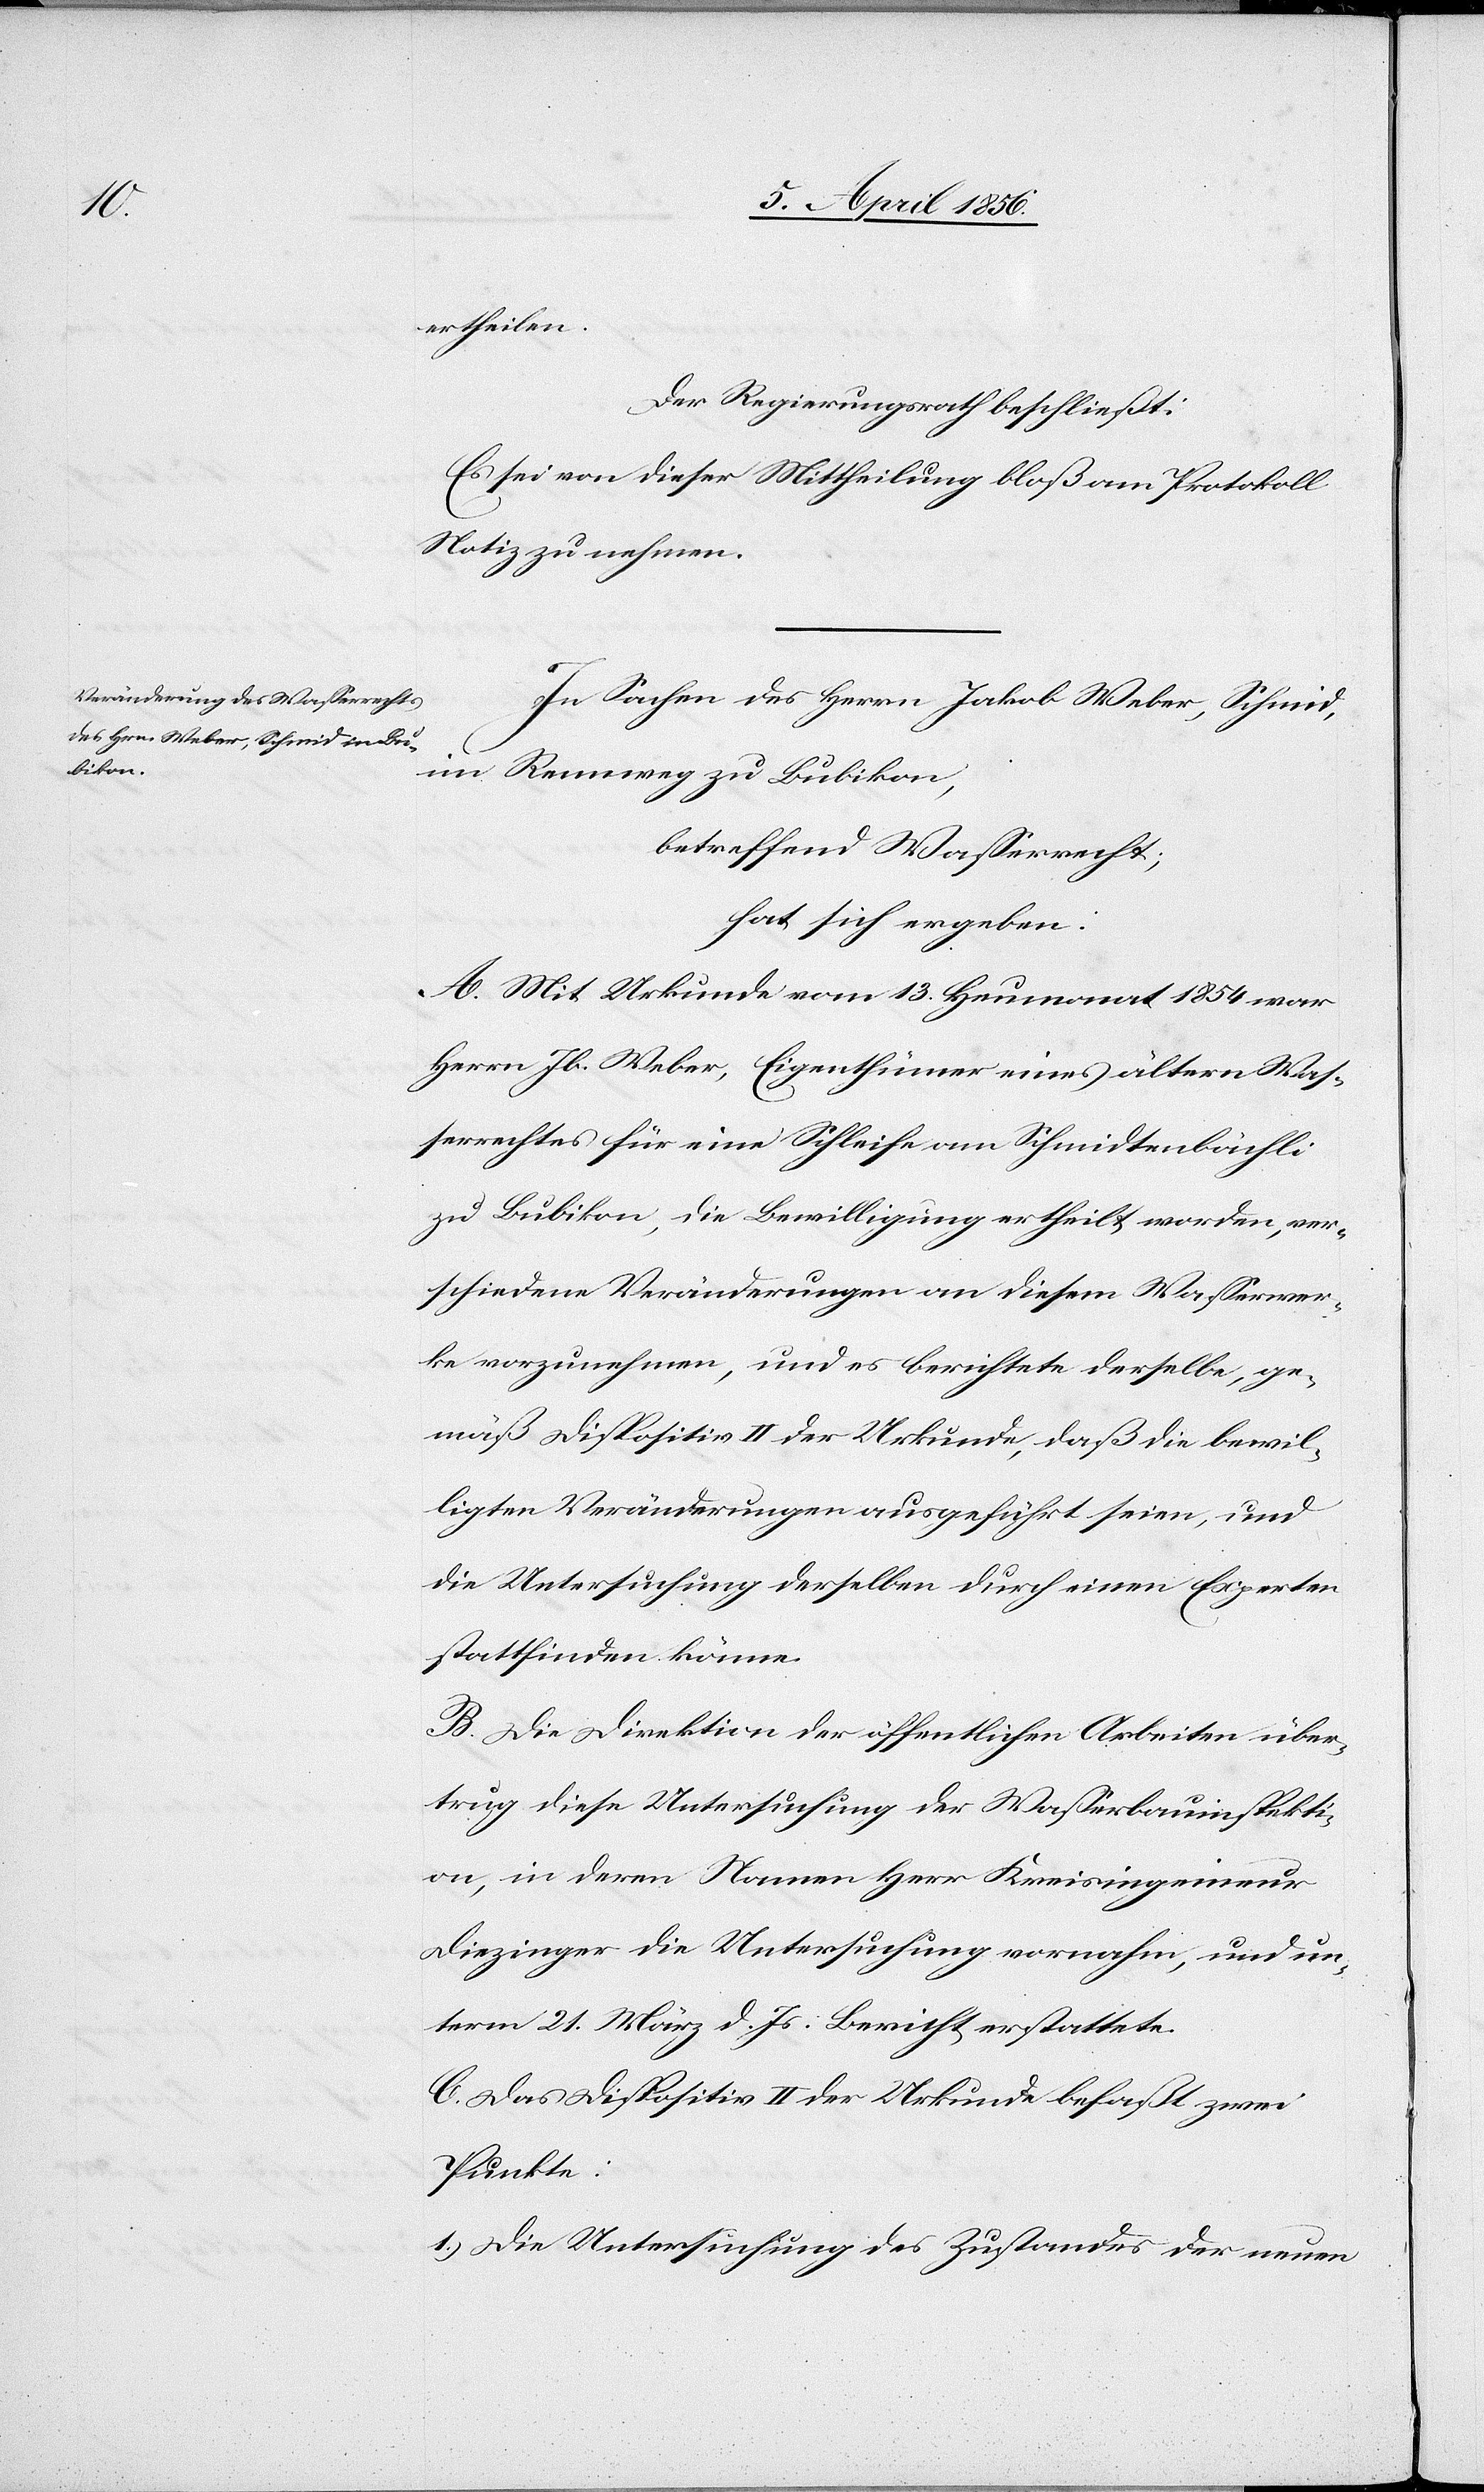
ertheilen.
Der Regierungsrath beschließt:
Es sei von dieser Mittheilung bloß am Protokoll
Notiz zu nehmen.
In Sachen des Herrn Jakob Weber, Schmid,
im Rennweg zu Bubikon,
betreffend Wasserrecht;
hat sich ergeben:
A. Mit Urkunde vom 13. Heumonat 1854 war
Herrn Jb. Weber, Eigenthümer eines ältern Was¬
serrechtes für eine Schleife am Schmidtenbächli
zu Bubikon, die Bewilligung ertheilt worden, ver¬
schiedene Veränderungen an diesem Wasserwer¬
ke vorzunehmen, und es berichtete derselbe, ge¬
mäß Dispositiv II der Urkunde, daß die bewil¬
ligten Veränderungen ausgeführt seien, und
die Untersuchung derselben durch einen Experten
stattfinden könne.
B. Die Direktion der öffentlichen Arbeiten über¬
trug diese Untersuchung der Wasserbauinspekti¬
on, in deren Namen Herr Kreisingenieur
Diezinger die Untersuchung vornahm, und un¬
term 21. März d. Js. Bericht erstattete.
C. Das Dispositiv II der Urkunde befaßt zwei
Punkte:
1., Die Untersuchung des Zustandes der neuen